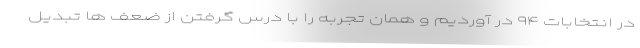
در انتخابات ۹۴ در آوردیم و همان تجربه را با درس گرفتن از ضعف ها تبدیل